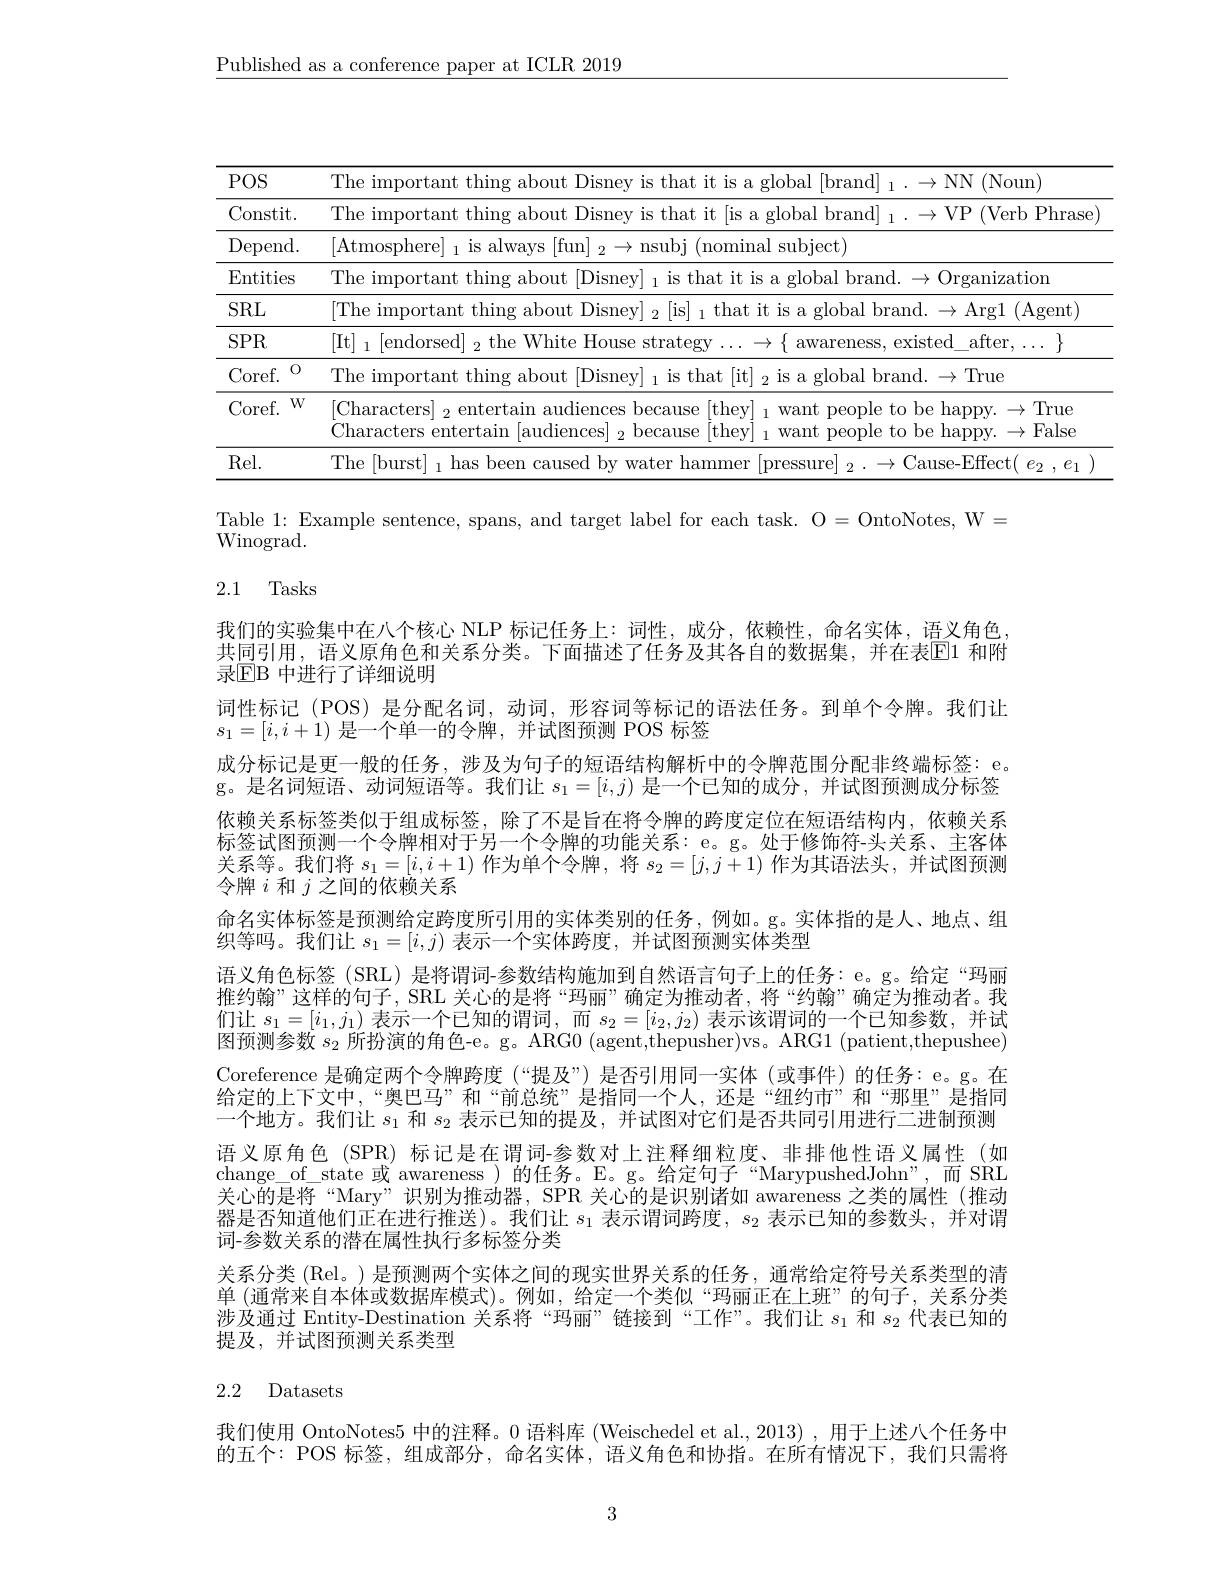
$\underline{\text{Published as a conference paper at ICLR 2019}}$

<table>
	<tbody>
		<tr>
			<th>$POS$</th>
			<th>The important thing about Disnev is that it is a global brand| $_1\to\mathbb{N}$ (Noun</th>
		</tr>
		<tr>
			<td>Constit.</td>
			<td>The import Verb Phrase</td>
		</tr>
		<tr>
			<td>Depend. </td>
			<td>Atmosphere| IS alwavs nsubj (nominal subject)</td>
		</tr>
		<tr>
			<td>Entities</td>
			<td>The important thing about $\|\|$snew global brand. $\to$Organization</td>
		</tr>
		<tr>
			<td>SRL</td>
			<td>The importa $\cdot$Argl(Agent</td>
		</tr>
		<tr>
			<td>$SPR$</td>
			<td>It| |endorsed the $\mathbf{whte}$ House s strateg existec after $\textcircled{1}$ awareness.</td>
		</tr>
		<tr>
			<td>0 Coref. </td>
			<td>The important thing about is a global brand. $\to$True</td>
		</tr>
		<tr>
			<td>$W$ Coref. </td>
			<td>[Characters] $_2$ entertain audiences because [they] $_1$want people to be happy.$\to$True Characters entertain [audiences] $_2$ because e[they$]_1$want people to be happy.$\to$False</td>
		</tr>
		<tr>
			<td>Rel.</td>
			<td>The l burst has $h\rho\rho\Upsilon$ Callser lammer lause- kttect $P_{2}$ $e^{\cdot}$</td>
		</tr>
	</tbody>
</table>

Table 1: Example sentence, spans, and target label for each task. O=OntoNotes, W=
Winograd.

# 2.1 Tasks

我们的实验集中在八个核心 NLP 标记任务上：词性，成分，依赖性，命名实体，语义角色， 共同引用，语义原角色和关系分类。下面描述了任务及其各自的数据集，并在表$\overline{\mathrm{E}}$1 和附录$\overline{\mathrm{EB}}$ 中进行了详细说明
词性标记 (POS) 是分配名词，动词，形容词等标记的语法任务。到单个令牌。我们让
$s_1=[i,i+1)$是一个单一的令牌，并试图预测 POS 标签
成分标记是更一般的任务，涉及为句子的短语结构解析中的令牌范围分配非终端标签：e。g。是名词短语、动词短语等。我们让$s_1=[i,j)$是一个已知的成分，并试图预测成分标签依赖关系标签类似于组成标签，除了不是旨在将令牌的跨度定位在短语结构内，依赖关系标签试图预测一个令牌相对于另一个令牌的功能关系：e。g。处于修饰符-头关系、主客体关系等。我们将$s_1=[i,i+1)$作为单个令牌 ,将$s_2=[j,\bar{j+1})$作为其语法头，并试图预测令牌$i$和$j$之间的依赖关系
命名实体标签是预测给定跨度所引用的实体类别的任务，例如。g。实体指的是人、地点、组
织等吗。我们让$s_1=[i,j)$表示一个实体跨度，并试图预测实体类型
语义角色标签(SRL) 是将谓词-参数结构施加到自然语言句子上的任务：e。g。给定“玛丽推约翰”这样的句子，SRL 关心的是将“玛丽”确定为推动者，将“约翰”确定为推动者。我们让$s_1=[i_1,j_1)$表示一个已知的谓词，而$s_2=[i_2,j_2)$表示该谓词的一个已知参数，并试图预测参数$s_2$所扮演的角色-e。g。ARG0 (agent,thepusher)vs。ARG1 (patient,thepushee) Coreference 是确定两个令牌跨度(“提及”)是否引用同一实体(或事件)的任务：e。g。在给定的上下文中，“奥巴马”和“前总统”是指同一个人，还是“纽约市”和“那里”是指同一个地方。我们让$s_1$和$s_2$表示已知的提及，并试图对它们是否共同引用进行二进制预测语义原角色 (SPR) 标记是在谓词-参数对上注释细粒度、非排他性语义属性(如change\_of\_state 或 awareness)的任务。E。g。给定句子“MarypushedJohn”,而 SRL 关心的是将“Mary”识别为推动器，SPR 关心的是识别诸如 awareness 之类的属性(推动器是否知道他们正在进行推送)。我们让$s_1$表示谓词跨度，$s_2$表示已知的参数头，并对谓词-参数关系的潜在属性执行多标签分类
关系分类 (Rel。)是预测两个实体之间的现实世界关系的任务，通常给定符号关系类型的清单 (通常来自本体或数据库模式)。例如，给定一个类似“玛丽正在上班”的句子，关系分类涉及通过 Entity-Destination 关系将“玛丽”链接到“工作”。我们让$s_1$和$s_2$代表已知的提及，并试图预测关系类型
2.2 Datasets

我们使用 OntoNotes5 中的注释。0 语料库 (Weischedel et al.,2013) ,用于上述八个任务中的五个：POS 标签，组成部分，命名实体，语义角色和协指。在所有情况下，我们只需将

3